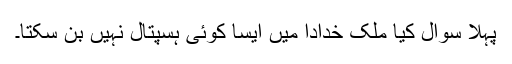
پہلا سوال کیا ملک خدادا میں ایسا کوئی ہسپتال نہیں بن سکتا۔